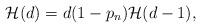
LaTeX: \begin{align*}\mathcal{H}(d)=d(1-p_n)\mathcal{H}(d-1),\end{align*}